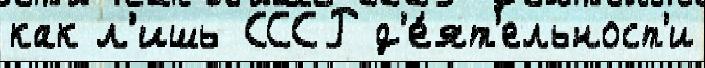
как л'ишь СССР д'е́ят'ельност'и